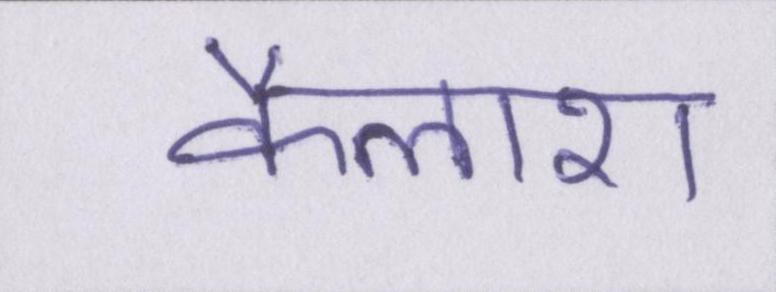
कैलाश